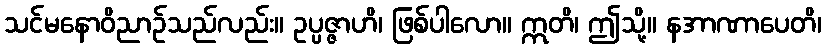
သင်မနောဝိညာဉ်သည်လည်း။ ဥပ္ပဇ္ဇာဟိ၊ ဖြစ်ပါလော။ ဣတိ၊ ဤသို့။ နအာဏာပေတိ၊